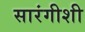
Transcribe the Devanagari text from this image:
सारंगीशी